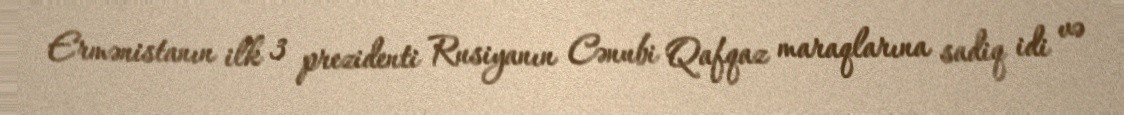
Ermənistanın ilk 3 prezidenti Rusiyanın Cənubi Qafqaz maraqlarına sadiq idi və